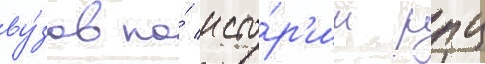
ву́зов по́ исто́р'ии рпц